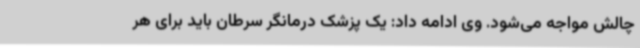
چالش مواجه می‌شود. وی ادامه داد: یک پزشک درمانگر سرطان باید برای هر